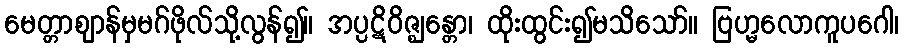
မေတ္တာဈာန်မှမဂ်ဖိုလ်သို့လွန်၍။ အပ္ပဋိဝိဇ္ဈန္တော၊ ထိုးထွင်း၍မသိသော်။ ဗြဟ္မလောကူပဂေါ၊